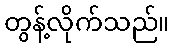
တွန့်လိုက်သည်။